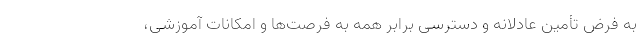
به فرض تأمین عادلانه و دسترسی برابر همه به فرصت‌ها و امکانات آموزشی،